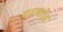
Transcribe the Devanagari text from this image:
पहणीत